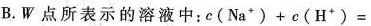
B.W点所表示的溶液中：$$c (N a^{+}) + c (H^{+}) =